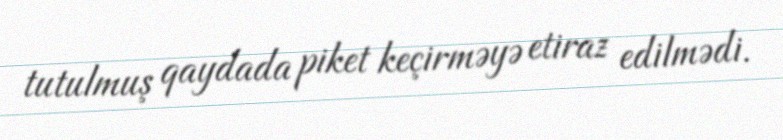
tutulmuş qaydada piket keçirməyə etiraz edilmədi.